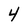
Character: 4